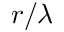
r / \lambda